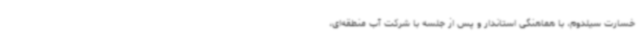
خسارت سیلدوم، با هماهنگی استاندار و پس از جلسه با شرکت آب منطقه‌ای،